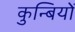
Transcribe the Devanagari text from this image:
कुन्बियों